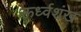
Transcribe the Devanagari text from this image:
ऊर्ध्वशंख